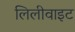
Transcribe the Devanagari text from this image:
लिलीवाइट